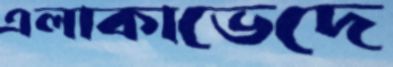
এলাকাভেদে